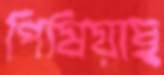
পিষিয়াছ